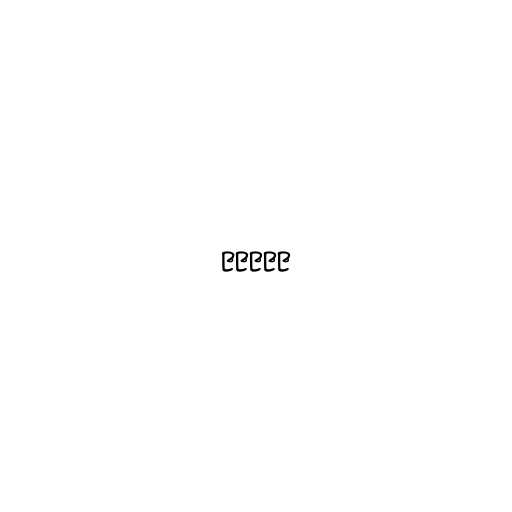
၉၉၉၉၉